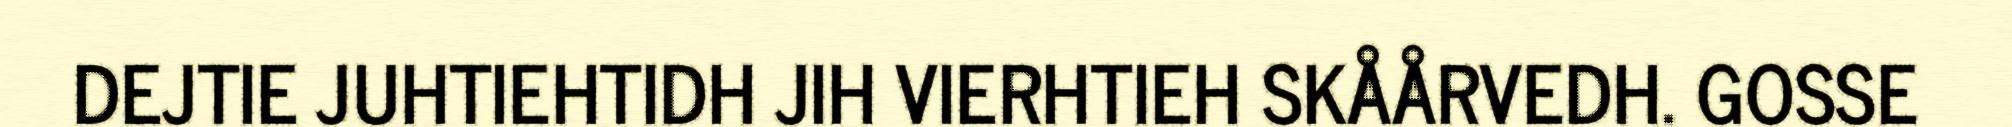
DEJTIE JUHTIEHTIDH JIH VIERHTIEH SKÅÅRVEDH. GOSSE